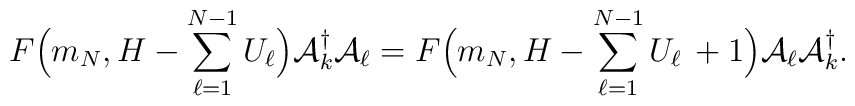
F\Big(m_N,  H  - \sum\limits_{\ell=1}^{N-1}{U}_\ell\Big) {\cal A}_k^\dagger{\cal A}_\ell =F\Big(m_N,  H  - \sum\limits_{\ell=1}^{N-1}{U}_\ell\, +1\Big){\cal A}_\ell {\cal A}_k^\dagger.